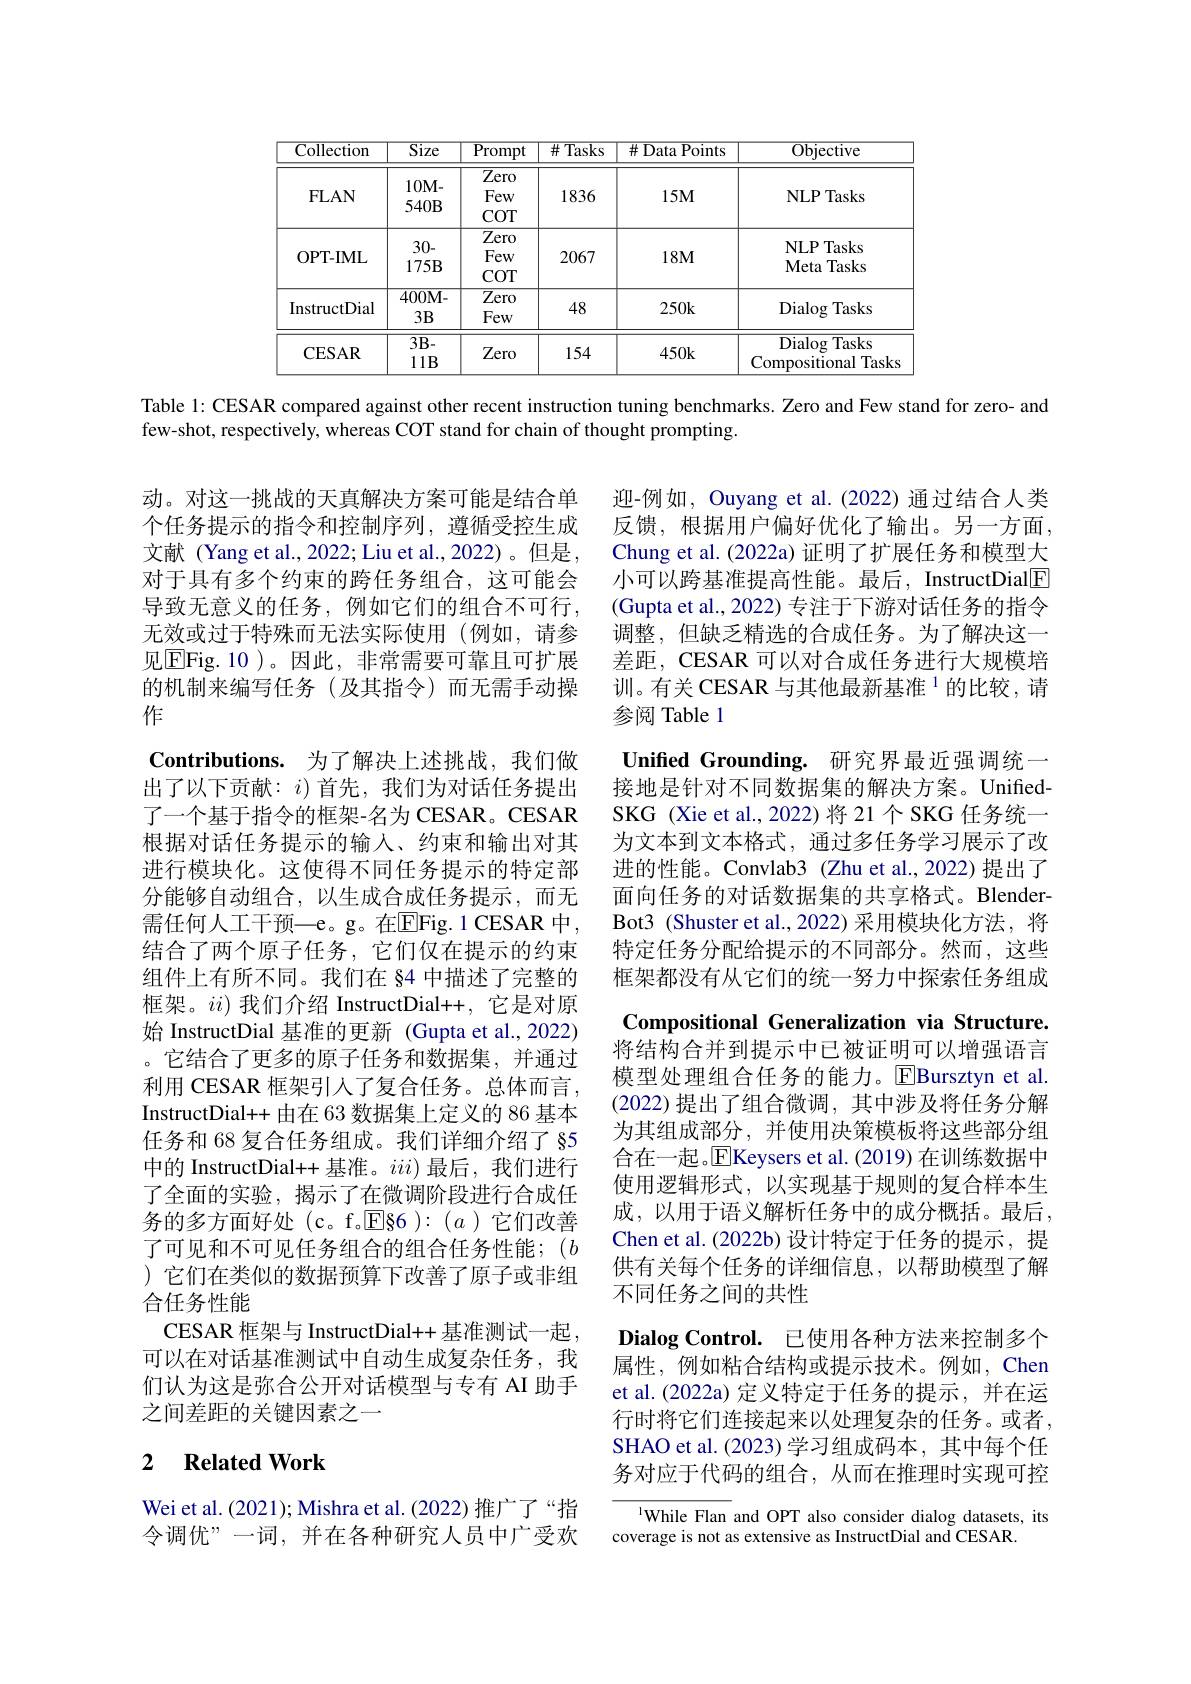
<table>
	<tbody>
		<tr>
			<th>Collection</th>
			<th>$\overline{\mathrm{Size}}$</th>
			<th>$\overline{\mathrm{Prompt}}$</th>
			<th>$\#$Tasks</th>
			<th>井 I Data Points</th>
			<th>Objective</th>
		</tr>
		<tr>
			<td>FLAN</td>
			<td>10M- $540B$</td>
			<td>$\overline{\text{Zero}}$ Few $COT$</td>
			<td>1836</td>
			<td>$15M$</td>
			<td>NLPTasks</td>
		</tr>
		<tr>
			<td>OPT- IML</td>
			<td>30- $175B$</td>
			<td>$\overline{\text{Zero}}$ Few $COT$</td>
			<td>2067</td>
			<td>$18M$</td>
			<td>NLPTasks Meta Tasks</td>
		</tr>
		<tr>
			<td>InstructDial</td>
			<td>$400\mathbf{M}-$ $3B$</td>
			<td>$\overline{\text{Zero}}$ Few</td>
			<td>48</td>
			<td>$250k$</td>
			<td>Dialog $\mathbf{g}$Tasks $T$</td>
		</tr>
		<tr>
			<td>$\mathbf{CESAR}$</td>
			<td>$3B-$ $11B$</td>
			<td>Zero</td>
			<td>154</td>
			<td>$450k$</td>
			<td>Dialog $\mathbf{g}$Tasks Compositional l Tasks</td>
		</tr>
	</tbody>
</table>

Table 1: CESAR compared against other recent instruction tuning benchmarks. Zero and Few stand for zero- and

few-shot, respectively, whereas COT stand for chain of thought prompting.

迎-例如，Ouyang et al.(2022)通过结合人类反馈，根据用户偏好优化了输出。另一方面， Chung et al. (2022a) 证明了扩展任务和模型大小可以跨基准提高性能。最后，InstructDial$\boxed{\mathrm{E}}$ (Gupta et al., 2022) 专注于下游对话任务的指令调整，但缺乏精选的合成任务。为了解决这一差距，CESAR 可以对合成任务进行大规模培训。有关 CESAR 与其他最新基准$^{1}$的比较，请参阅 Table 1

动。对这一挑战的天真解决方案可能是结合单个任务提示的指令和控制序列，遵循受控生成文献 (Yang et al., 2022; Liu et al., 2022)。但是， 对于具有多个约束的跨任务组合，这可能会导致无意义的任务，例如它们的组合不可行， 无效或过于特殊而无法实际使用(例如，请参见$\boxed{\mathrm{E}}$Fig.10 )。因此，非常需要可靠且可扩展的机制来编写任务(及其指令)而无需手动操作
Contributions. 为了解决上述挑战，我们做出了以下贡献：$i)$首先，我们为对话任务提出了一个基于指令的框架-名为 CESAR。CESAR 根据对话任务提示的输入、约束和输出对其进行模块化。这使得不同任务提示的特定部分能够自动组合，以生成合成任务提示，而无需任何人工干预—e。g。在$\boxed{\mathrm{E}}$Fig.1 CESAR 中， 结合了两个原子任务，它们仅在提示的约束组件上有所不同。我们在 §4 中描述了完整的框架。$ii)$我们介绍 InstructDial++,它是对原始 InstructDial 基准的更新 (Gupta et al.,2022) 。它结合了更多的原子任务和数据集，并通过利用 CESAR 框架引入了复合任务。总体而言， InstructDial++ 由在 63 数据集上定义的 86 基本任务和 68 复合任务组成。我们详细介绍了 §5中的 InstructDial++ 基准。$iii)$最后，我们进行了全面的实验，揭示了在微调阶段进行合成任务的多方面好处(c。f.E§6):(a)它们改善了可见和不可见任务组合的组合任务性能；$(b$ ) 它们在类似的数据预算下改善了原子或非组合任务性能
CESAR 框架与 InstructDial++ 基准测试一起， 可以在对话基准测试中自动生成复杂任务，我们认为这是弥合公开对话模型与专有 AI 助手之间差距的关键因素之一

Unified Grounding. 研究界最近强调统一接地是针对不同数据集的解决方案。UnifiedSKG (Xie et al., 2022) 将 21 个 SKG 任务统一为文本到文本格式，通过多任务学习展示了改进的性能。Convlab3(Zhu et al.,2022)提出了面向任务的对话数据集的共享格式。BlenderBot3 (Shuster et al.,2022) 采用模块化方法，将特定任务分配给提示的不同部分。然而，这些框架都没有从它们的统一努力中探索任务组成Compositional Generalization via Structure. 将结构合并到提示中已被证明可以增强语言模型处理组合任务的能力。$\overline{\mathrm{E}}$Bursztyn et al. (2022)提出了组合微调，其中涉及将任务分解为其组成部分，并使用决策模板将这些部分组合在一起。$\overline{\mathrm{E}}$Keysers et al.(2019) 在训练数据中使用逻辑形式，以实现基于规则的复合样本生成，以用于语义解析任务中的成分概括。最后， Chen et al. (2022b) 设计特定于任务的提示，提供有关每个任务的详细信息，以帮助模型了解不同任务之间的共性
$\textbf{Dialog Control. }$ 已使用各种方法来控制多个属性，例如粘合结构或提示技术。例如，Chen et al.(2022a) 定义特定于任务的提示，并在运行时将它们连接起来以处理复杂的任务。或者， SHAO et al. (2023)学习组成码本，其中每个任

务对应于代码的组合，从而在推理时实现可控

## 2 $\textbf{Related Work}$

Wei et al. (2021); Mishra et al. (2022) 推广了“指令调优”一词，并在各种研究人员中广受欢

lWhile Flan and OPT also consider dialog datasets, its
coverage is not as extensive as InstructDial and CESAR.